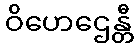
ဝိဟေဌေန္တီ